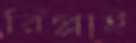
রিপ্লাই